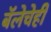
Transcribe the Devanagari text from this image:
बॅलेचेही